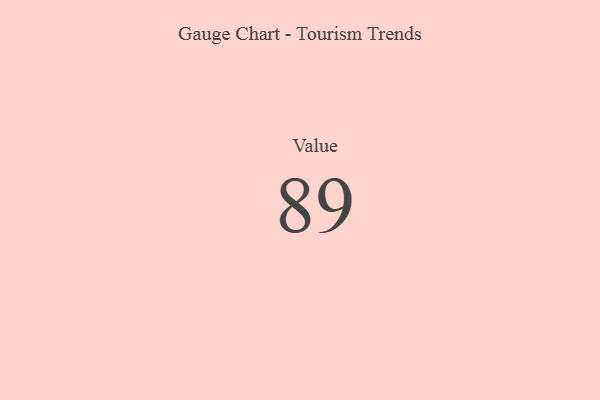
{"axis": {"x": "Metric", "y": "Value"}, "legend": [""], "data": [{"x": "Value", "y": 89, "type": ""}]}